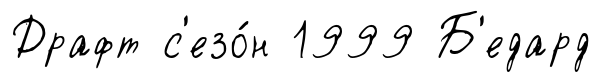
Драфт с'езо́н 1999 Б'едард